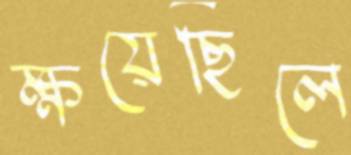
ক্ষয়েছিলে